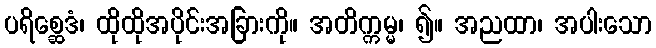
ပရိစ္ဆေဒံ၊ ထိုထိုအပိုင်းအခြားကို။ အတိက္ကမ္မ၊ ၍။ အညထာ၊ အပါးသော